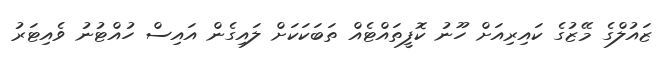
ޒައުލްގެ މޭޒުގެ ކައިރިއަށް ހޫނު ކޮފީތައްޓެއް ތަބަކަކަށް ލައިގެން އައިސް ހުއްޓުނު ވެއިޓަރު